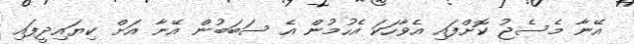
އޭނާ މެސެޖު ކޮށްފައި އެވާހަކަ އެހުމުން އެ ސަބަބުން އޭނާ އަށް ކިޔައިދީފައި